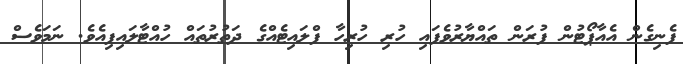
ފެނިގެން އެއާޕޯޓުން ފުރަން ތައްޔާރުވެފައި ހުރި ހުރިހާ ފްލައިޓެއްގެ ދަތުރުތައް ހުއްޓާލައިފިއެވެ. ނަމަވެސް